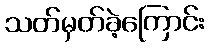
သတ်မှတ်ခဲ့ကြောင်း